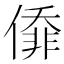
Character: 㒎